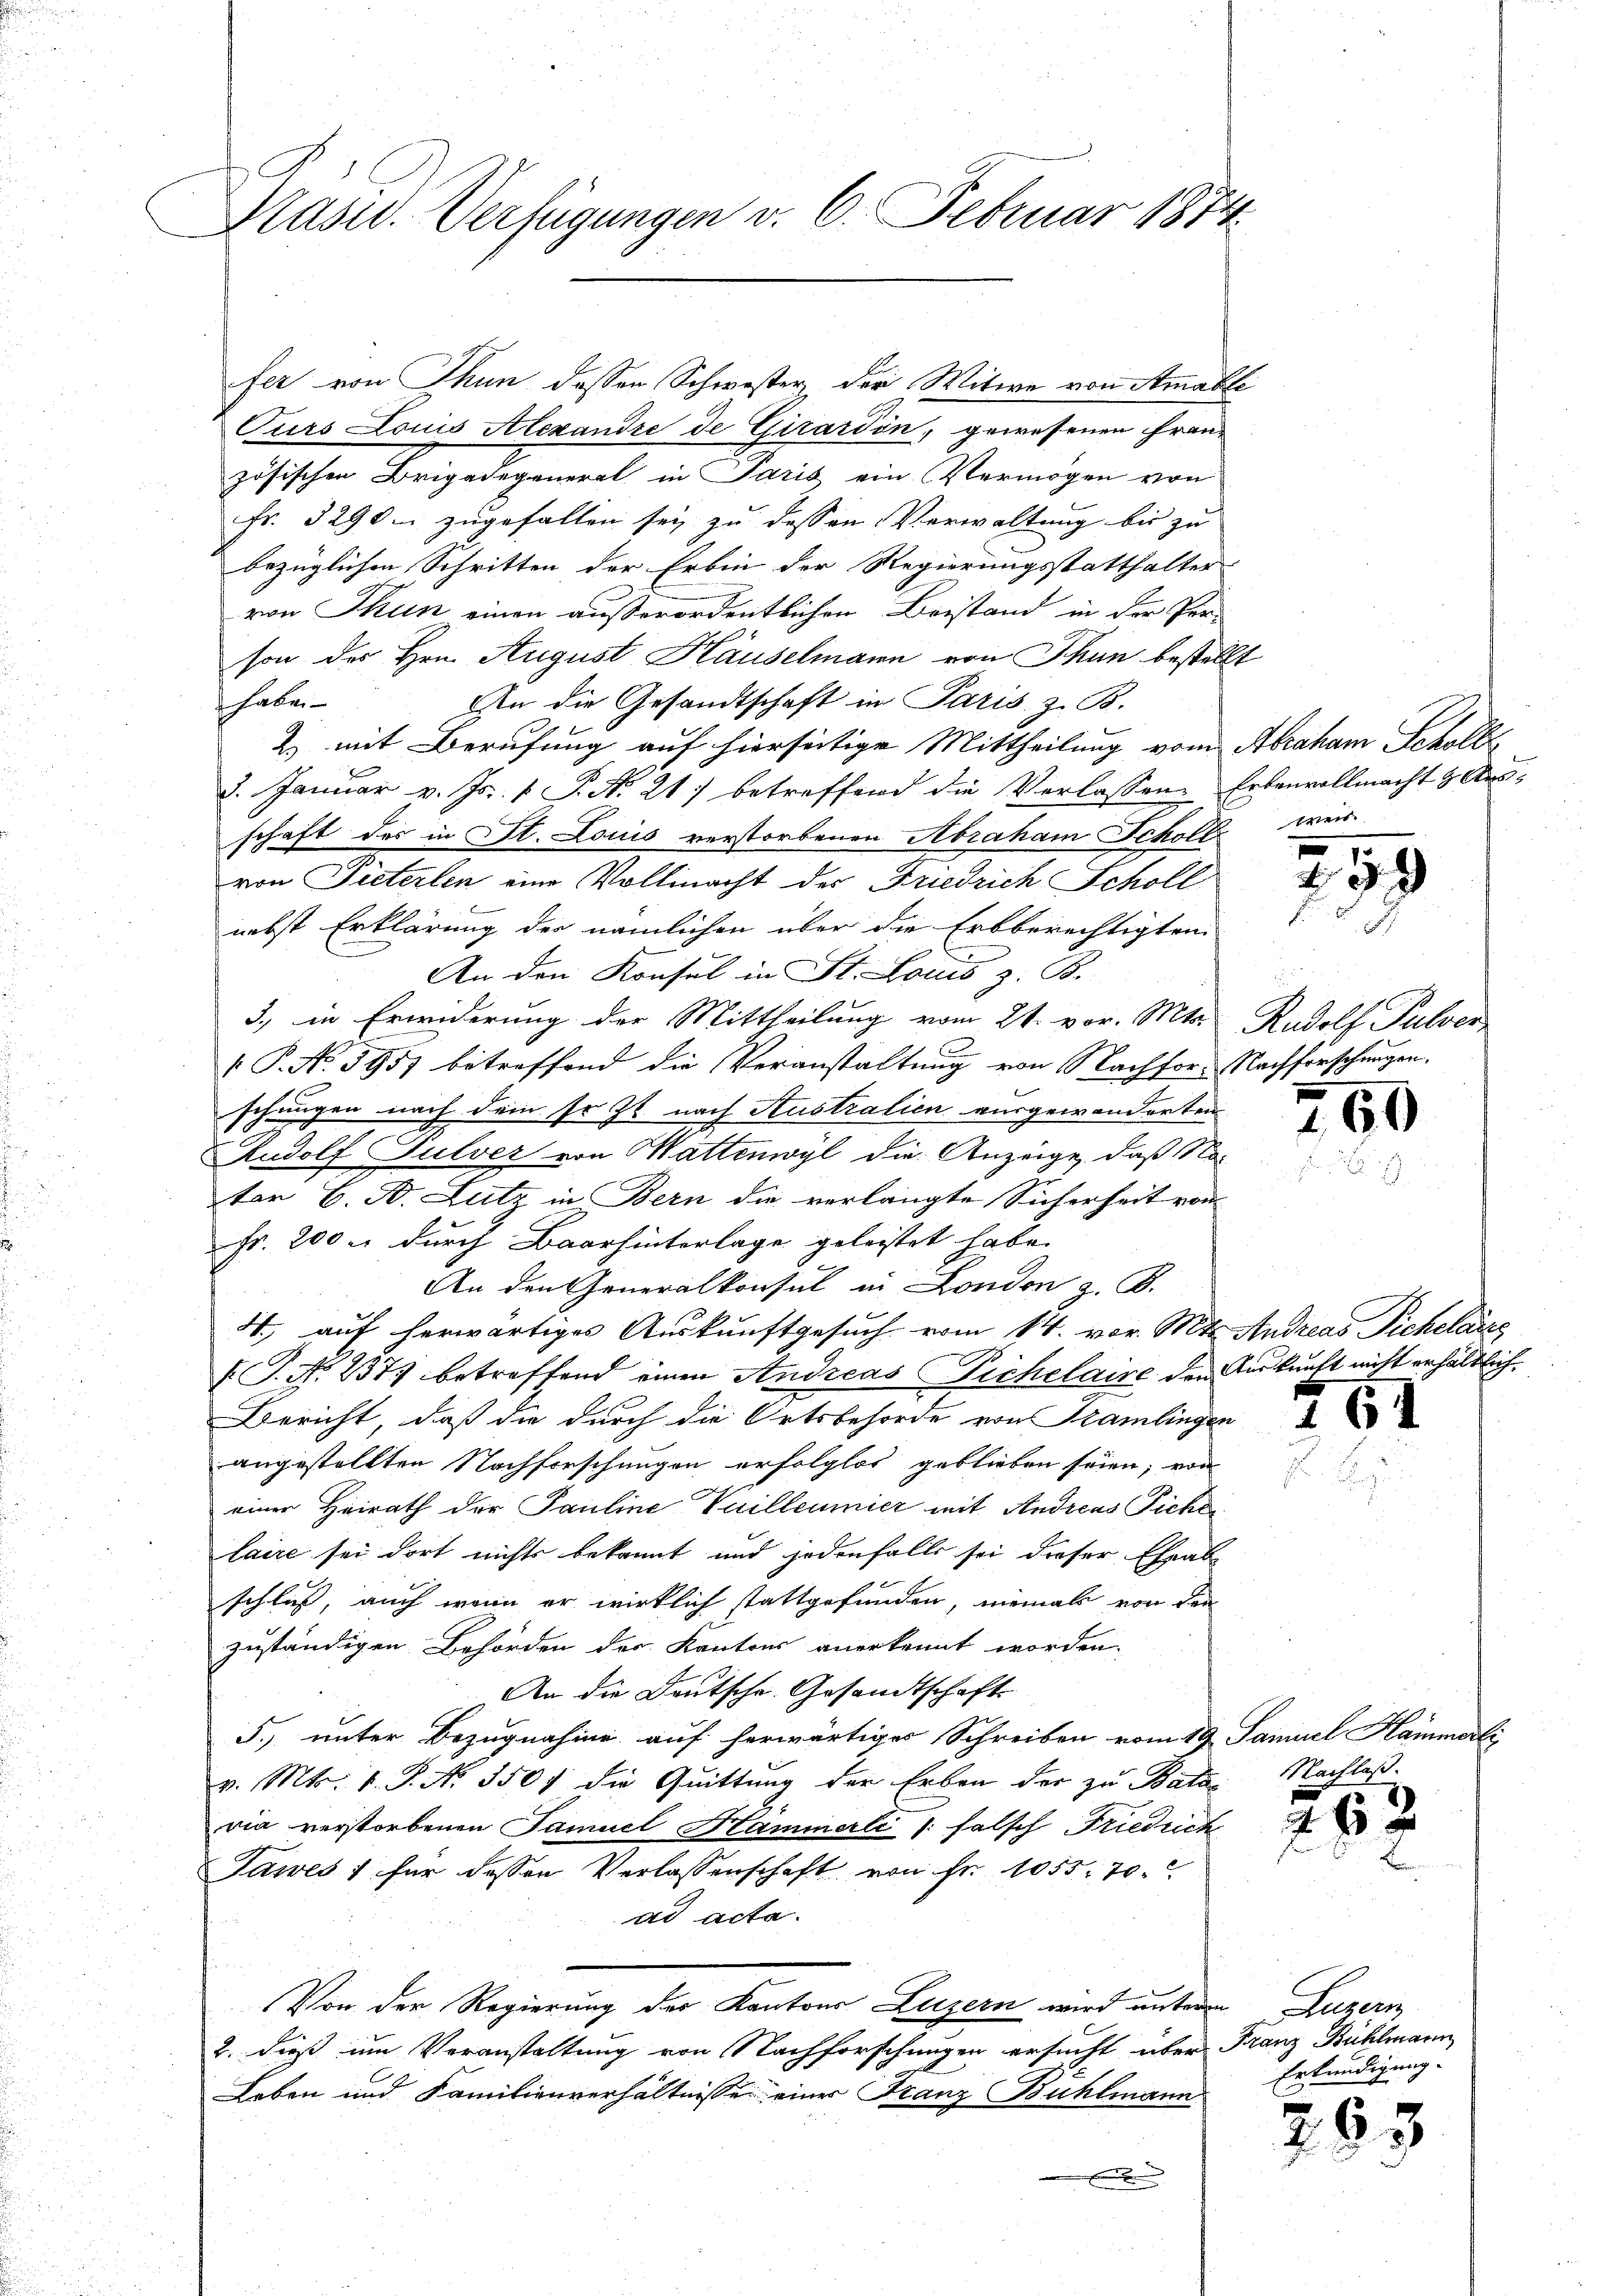
Präsid. Verfügungen v. 6. Februar 1874.

fer von Thun dessen Schwester, der Witwe von Amahli
Curs Louis Alexandre de Girardin, gewesenen Frauzösischen Brigadegeneral in Paris ein Vermögen von
Fr. 3290m zugefallen sei zu dessen Verwaltung bis zu
bezüglichen Schritten der Erben der Regierungsstatthalter
von Thun einen außerordentlichen Beistand in der Per-
son des Hrn. August Häuselmann von Thun bestellt
 haben
An die Gesandtschaft in Paris z. B.
2) mit Berufung auf hierseitige Mittheilung vom Abraham Scholle
8. Januar v. Js. 1 S. N. 21) betreffend die Verlassen. Erbenvollmacht & Ausschaft das in St. Louis verstorbenen Abraham Scholt weis
von Pieterlen eine Vollmacht der Friedrich Schöll
nebst Erklärung der nämlichen über die Erbberechtigten
An den Konsul in St. Louis z. B.
3., in Erwiderung der Mittheilung vom 21. vor. Mts. Rudolf Pulver
 P. N. 5957 betreffend die Veranstaltung von Nachfor- Nachforschungen.
schungen nach dem Fr. 72 nach Australien ausgewanderten
Rudolf Pulver von Mattenwyl die Anzeige, daß Nator H. B. Lutz in Bern die verlangte Sicherheit von
Fr. 200 u. durch Baar hinterlage geleistet habe. |
An den Generalkonsul in London z. B.
4., auf herwärtiges Auskunftgesuch vom 14. vor. Mts. Andreas Sichelart
T. No. 237. betreffend einen Andreas Sichelaire den Auskunft nicht erhältlich.
Bericht, daß die durch die Ortsbehörde von Kamlingen
angestellten Nachforschungen erfolglos geblieben seien; von
einer Heirath der Pauline Vuilleumier mit Andreas Ficke
laire sei dort nichts bekannt und jedenfalls sei dieser Eheab-
schluß, auch wenn er wirklich stattgefunden, niemals von den
zuständigen Behörden der Kantons anerkennt worden.
An die Deutsche Gesandtschaft
5. unter Bezugnahme auf herwärtiges Schreiben vom 19. Samuel Hammerli
v. Mts. v. P. N. 3501 die Quittung der Erben der zu Batac
via verstorbenen Samuel Hammerli /: falsch Friedrich
Tawes ; für dessen Verlassenschaft von Fr. 1055. 70.
ad acta.
Von der Regierung der Kantons Luzern wird unteren Luzern
2. dieß um Voranstaltung von Nachforschungen ersucht über Franz Bühlmann
Leben und Familienverhältnisse einer Franz Bühlmann
x

5
259

260

.

64

Nachlaß.

Erkundigung.

63
21